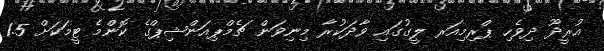
އުރީދޫ ދިވެހި ޕްރިމިއަރ ލީގުގައި ވާދަކުރާ މިނިވަން ޗެމްޕިއަންޝިޕްގެ ކޮންމެ ޓީމަކަށް 1.5